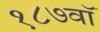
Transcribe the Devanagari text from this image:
१८७वॉ